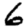
Digit: 6